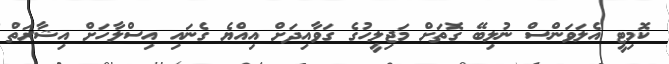
ކޮމިޓީ އެލަވަންސް ނުލިބޭ ގޮތަށް މަޖިލީހުގެ ގަވާއިދަށް އިއްޔެ ގެނައި އިސްލާހަށް އިޝާރަތް